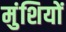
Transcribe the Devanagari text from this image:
मुंशियों